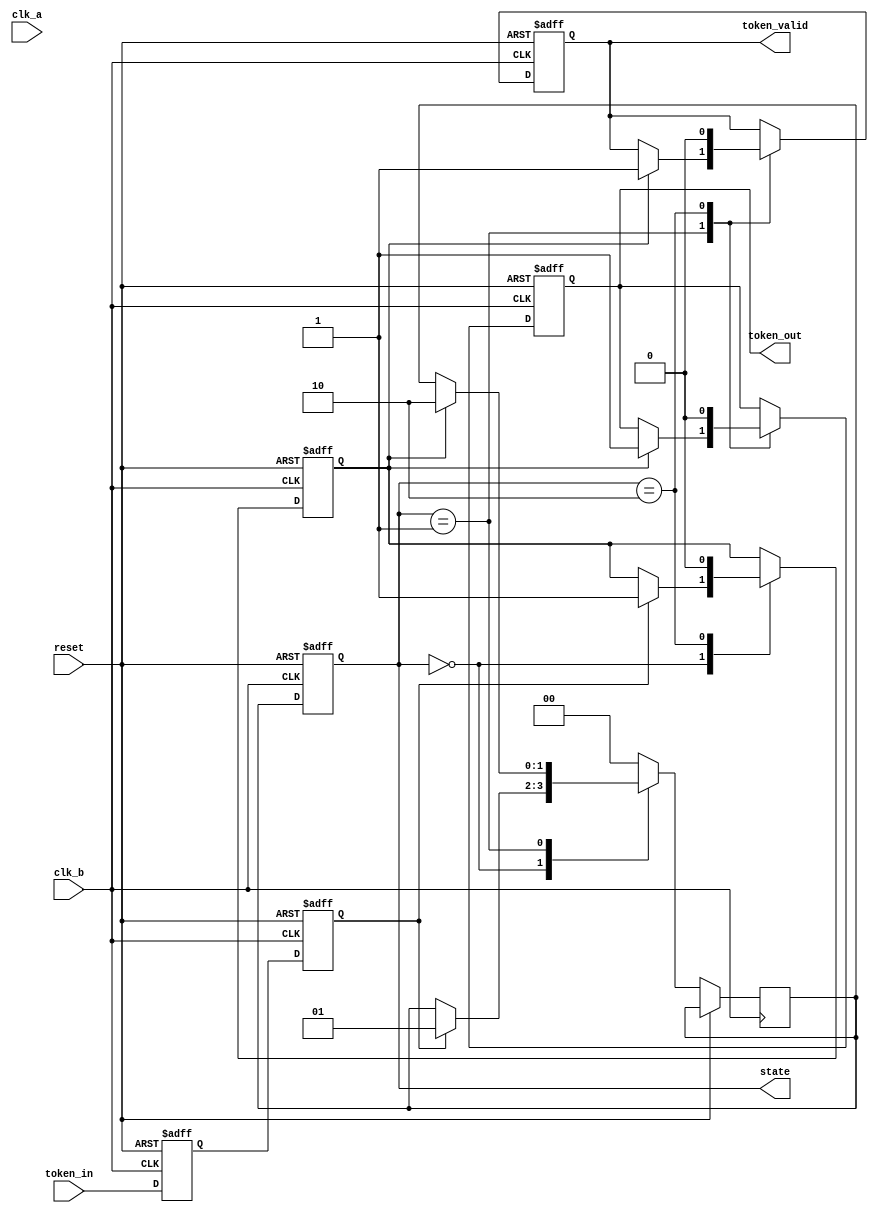
module TokenRingSynchronizer (
    input wire clk_a,                // Clock for domain A
    input wire clk_b,                // Clock for domain B
    input wire reset,                // Global reset
    input wire token_in,             // Token input from domain A
    output reg token_out,            // Token output to domain B
    output reg token_valid,          // Indicates valid token
    output reg [1:0] state           // Current state of the FSM
);

    // State encoding
    localparam IDLE = 2'b00;
    localparam RECEIVING = 2'b01;
    localparam SENDING = 2'b10;

    // Synchronization flip-flops
    reg token_sync_1;                // First stage of synchronization
    reg token_sync_2;                // Second stage of synchronization
    reg token_received;              // Flag to indicate token received

    // FSM register
    reg [1:0] next_state;

    // Synchronize token signal from domain A to domain B
    always @(posedge clk_b or posedge reset) begin
        if (reset) begin
            token_sync_1 <= 1'b0;
            token_sync_2 <= 1'b0;
        end else begin
            token_sync_1 <= token_in;     // Sync the input token to domain B
            token_sync_2 <= token_sync_1; // Second stage to mitigate metastability
        end
    end

    // Token reception logic
    always @(posedge clk_b or posedge reset) begin
        if (reset) begin
            token_received <= 1'b0;
            token_out <= 1'b0;
            token_valid <= 1'b0;
            state <= IDLE;
        end else begin
            case (state)
                IDLE: begin
                    if (token_sync_2) begin
                        token_received <= 1'b1; // Token is received
                        next_state <= RECEIVING;
                    end
                end
                RECEIVING: begin
                    if (token_received) begin
                        token_out <= 1'b1;      // Indicate token is being sent
                        token_valid <= 1'b1;    // Set valid token signal
                        next_state <= SENDING;
                    end
                end
                SENDING: begin
                    token_out <= 1'b0;          // Clear token output
                    token_valid <= 1'b0;        // Clear valid signal
                    token_received <= 1'b0;     // Reset received flag
                    next_state <= IDLE;         // Transition back to IDLE
                end
                default: begin
                    next_state <= IDLE;        // Default case
                end
            endcase
            state <= next_state;             // Update state
        end
    end

endmodule